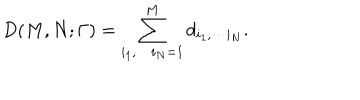
D ( M , N ; \Gamma ) = \sum _ { i _ { 1 } , \cdots i _ { N } = 1 } ^ { M } d _ { i _ { 1 } , \cdots i _ { N } } .